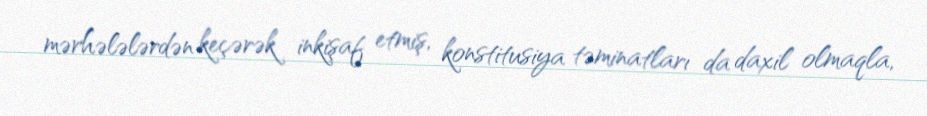
mərhələlərdən keçərək inkişaf etmiş, konstitusiya təminatları da daxil olmaqla,